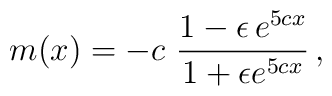
m(x)=- c~\frac{1-\epsilon\,e^{ 5 c x }}{1+\epsilon e^{ 5 c x}}\,,